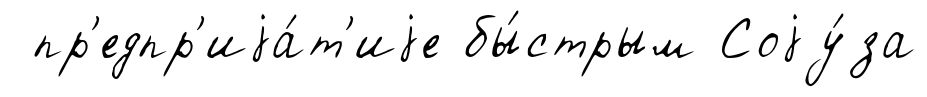
пр'едпр'иjа́т'иjе бы́стрым Соjу́за